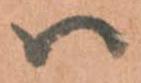
ハ